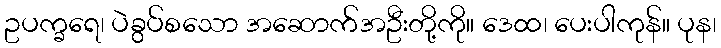
ဥပက္ခရေ၊ ပဲခွပ်စသော အဆောက်အဦးတို့ကို။ ဒေထ၊ ပေးပါကုန်။ ပုန၊